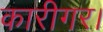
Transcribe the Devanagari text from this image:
कारीगर।